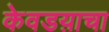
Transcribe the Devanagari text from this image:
केवडय़ाचा